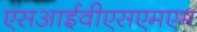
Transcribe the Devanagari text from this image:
एसआईवीएसएमएम